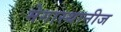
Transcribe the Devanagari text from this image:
मेगास्थानीज